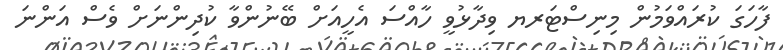
ފާހަގަ ކުރައްވަމުން މިނިސްޓަރޔ ވިދާޅުވީ ހާއްސަ އެހީއަށް ބޭނުންވާ ކުދިންނަށް ވެސް އަންނަ